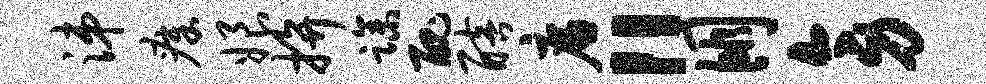
涕瘴娘拚躁丑醅廉“朋旁